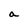
Character: a